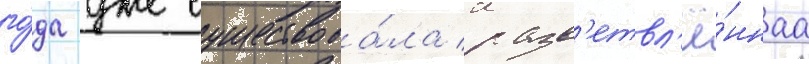
го́да уже существова́ла разв'етвл'ё́ннаа